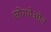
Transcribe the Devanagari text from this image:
सोंगथेओव